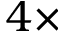
4 \times